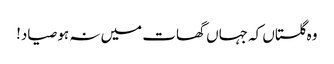
وہ گلستاں کہ جہاں گھات میں نہ ہو صیاد!